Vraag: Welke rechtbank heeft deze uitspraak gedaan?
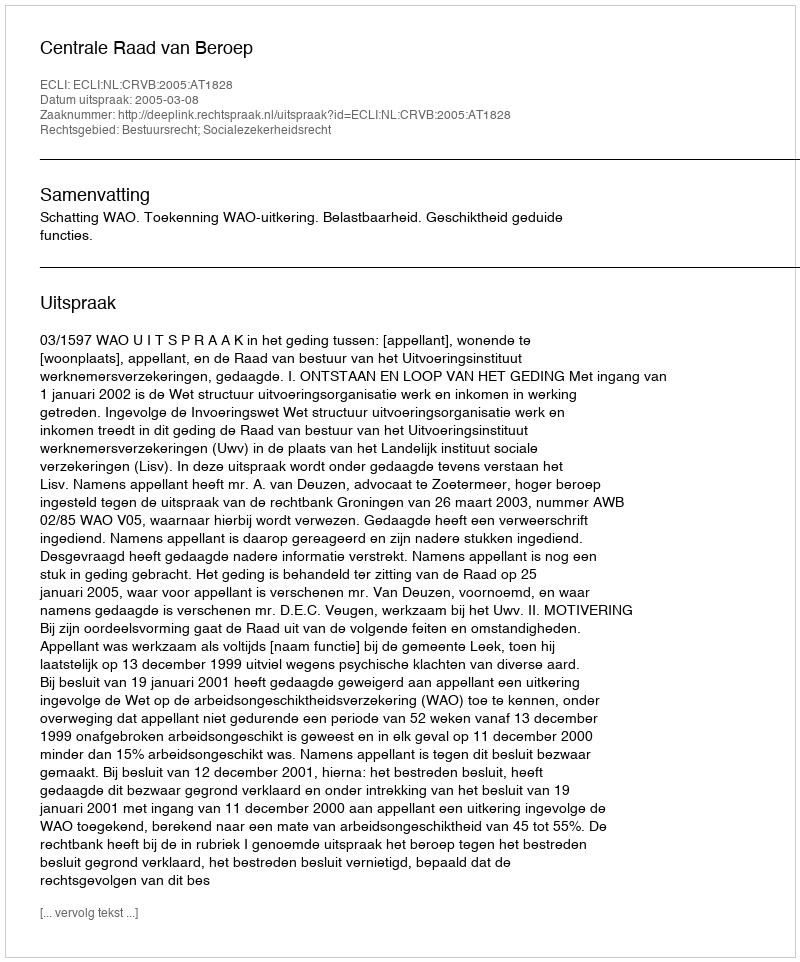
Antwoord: Centrale Raad van Beroep